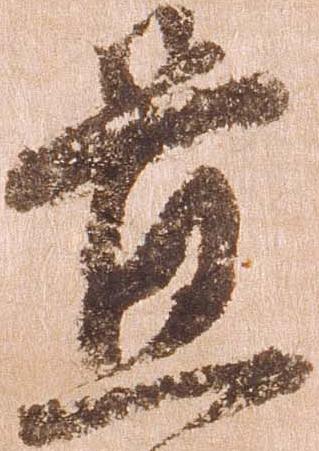
置